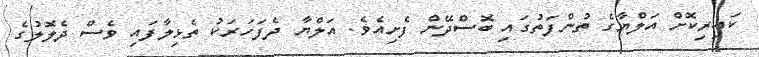
ކައިރިކޮށް އަލްޔާގެ ތުންފަތުގައި ބޮސްދޭން ފެށިއެވެ. އަލްޔާ ދެފަހަރަކު ތެޅިލާފައި ވެސް ދެލޮލުގެ